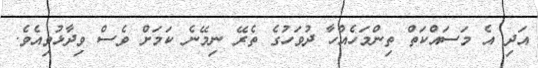
އަދި އެ މަސައްކަތް ތިންމަހެއްހާ ދުވަހުގެ ތެރޭ ނިމޭނެ ކަމަށް ވެސް ވިދާޅުވިއެވެ.